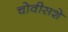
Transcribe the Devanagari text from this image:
चोवीसशे